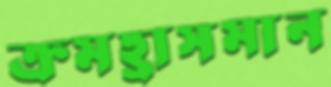
ক্রমহ্রাসমান